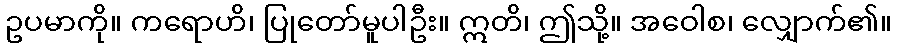
ဥပမာကို။ ကရောဟိ၊ ပြုတော်မူပါဦး။ ဣတိ၊ ဤသို့။ အဝေါစ၊ လျှောက်၏။